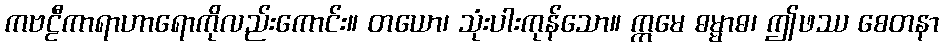
ကဗဠီကာရာဟာရောကိုလည်းကောင်း။ တယော၊ သုံးပါးကုန်သော။ ဣမေ ဓမ္မာဓ၊ ဤဖဿ စေတနာ